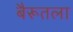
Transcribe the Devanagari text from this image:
बैरूतला